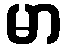
မာ